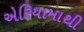
એરિયામાથી